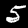
Digit: 5